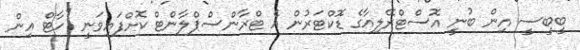
ބީބީސީ އިން ބުނީި އޮސްޓްރޭލިއާގެ ޑޮކްޓަރުން އެ ޓްރާންސްޕްލާންޓް ކޮށްފައިވަނީ "ހާޓް އިން